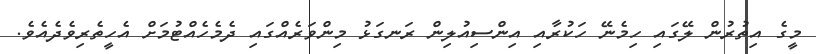
މީގެ އިތުރުން ލޭގައި ހިމެނޭ ހަކުރާއި އިންސިއުލިން ރަނގަޅު މިންވަރެއްގައި ދެމެހެއްޓުމަށް އެހީތެރިވެދެއެވެ.